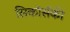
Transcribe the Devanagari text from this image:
सिकॉर्सकी